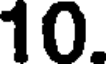
10.